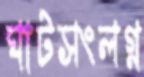
ঘাটসংলগ্ন